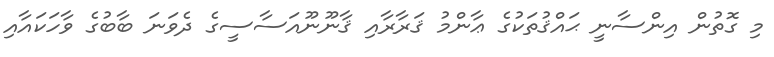
މި ގޮތުން އިންސާނީ ޙައްޤުތަކުގެ ޢާންމު ޤަރާރާއި ޤާނޫނޫއަސާސީގެ ދެވަނަ ބާބުގެ ވާހަކައާއި